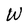
Character: W